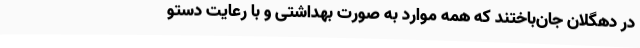
در دهگلان جان‌باختند که همه موارد به صورت بهداشتی و با رعایت دستو